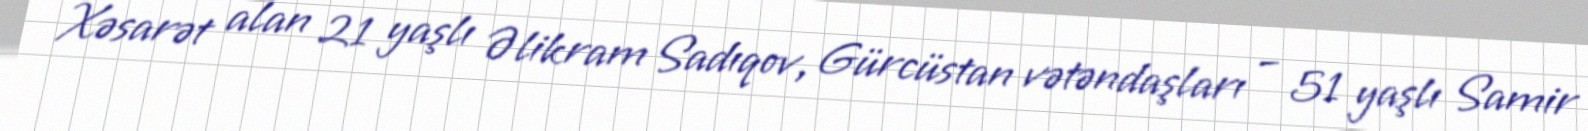
Xəsarət alan 21 yaşlı Əlikram Sadıqov, Gürcüstan vətəndaşları – 51 yaşlı Samir